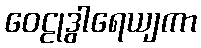
ဝေဠုဒွါရေယျကာ